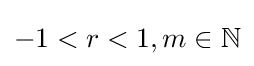
-1<r<1,m\in \mathbb {N}